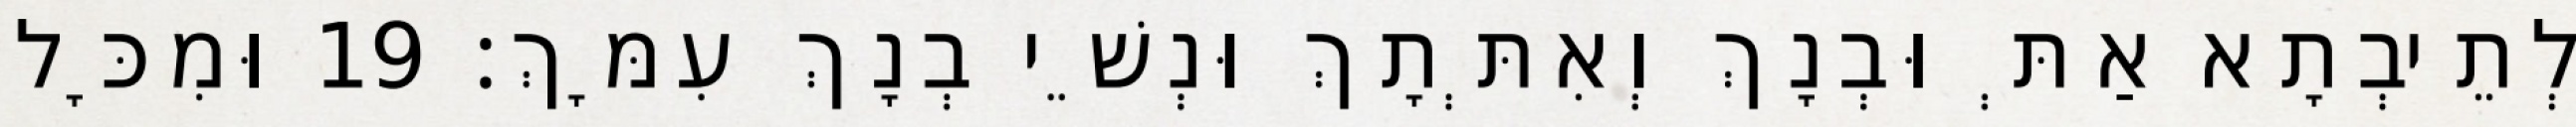
לְתֵיבְתָא אַתְּ וּבְנָךְ וְאִתְּתָךְ וּנְשֵׁי בְנָךְ עִמָּךְ׃ 19 וּמִכָּל